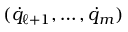
( { \dot { q } } _ { \ell + 1 } , \dots , { \dot { q } } _ { m } )